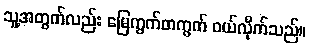
သူ့အတွက်လည်း မြေကွက်တကွက် ဝယ်လိုက်သည်။